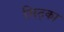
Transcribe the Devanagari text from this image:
सिट्का